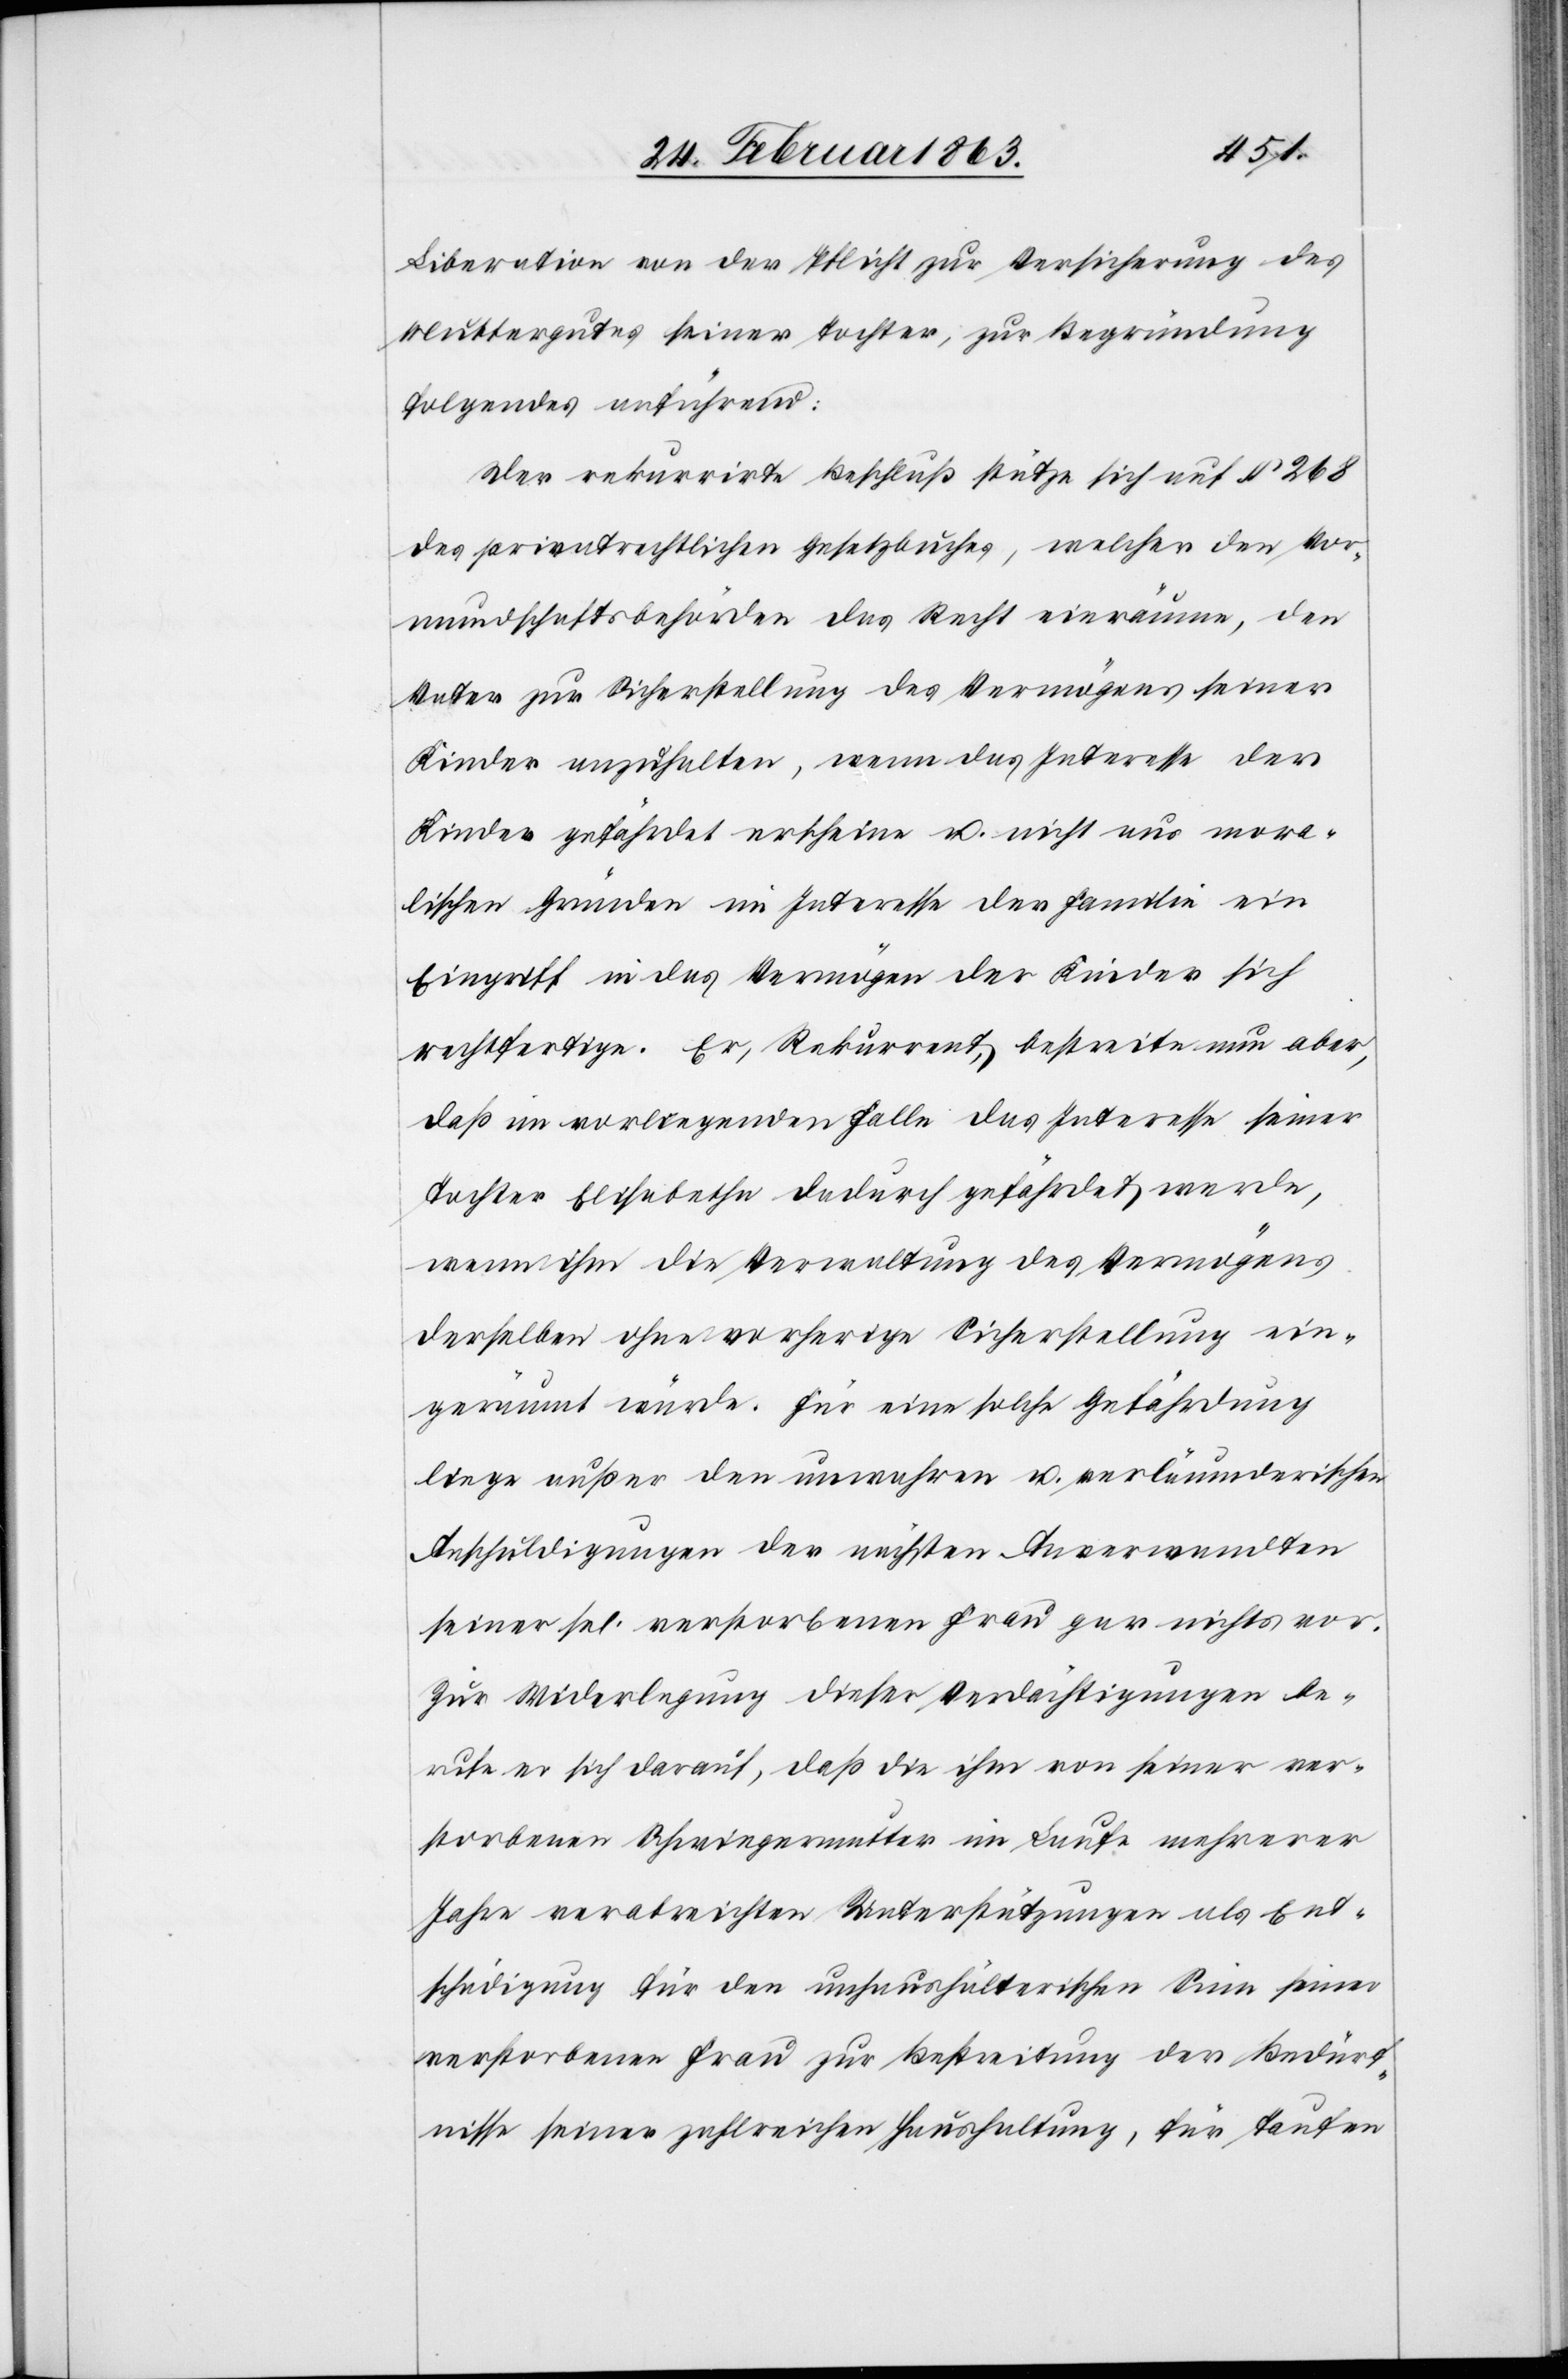
Liberation von der Pflicht zur Versicherung des
Muttergutes seiner Tochter, zur Begründung
folgendes anführend:
Der Rekurrirte Beschluß stütze sich auf § 268
des privatrechtlichen Gesetzbuches, welcher den Vor¬
mundschaftsbehörden das Recht einräume, den
Vater zur Sicherstellung des Vermögens seiner
Kinder anzuhalten, wenn das Interesse der
Kinder gefährdet erscheine u. nicht aus mora¬
lischen Gründen im Interesse der Familie ein
Eingriff in das Vermögen der Kinder sich
rechtfertige. Er, Rekurrent, bestreite nun aber,
daß im vorliegenden Falle das Interesse seiner
Tochter Elisabetha dadurch gefährdet werde,
wenn ihm die Verwaltung des Vermögens
derselben ohne vorherige Sicherstellung ein¬
geräumt würde. Für eine solche Gefährdung
liege außer den unwahren u. verläumderischen
Anschuldigungen der nächsten Anverwandten
seiner sel. verstorbenen Frau gar nichts vor.
Zur Widerlegung dieser Verdächtigungen be¬
rufe er sich darauf, daß die ihm von seiner ver¬
storbenen Schwiegermutter im Laufe mehrerer
Jahre verabreichten Unterstützungen als Ent¬
schädigung für den unhaushälterischen Sinn seiner
verstorbenen Frau zur Bestreitung der Bedürf¬
nisse seiner zahlreichen Haushaltung, für Taufen